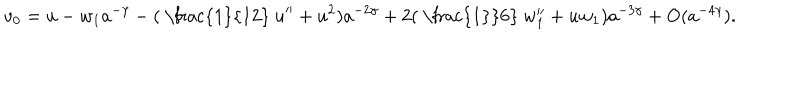
v _ { 0 } = u - w _ { 1 } a ^ { - \gamma } - ( \mathrm { ~ \frac { 1 } { 1 2 } ~ } u ^ { \prime \prime } + u ^ { 2 } ) a ^ { - 2 \gamma } + 2 ( \mathrm { ~ \frac { 1 } { 6 } ~ } w _ { 1 } ^ { \prime \prime } + u w _ { 1 } ) a ^ { - 3 \gamma } + \mathrm { O } ( a ^ { - 4 \gamma } ) .